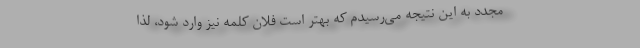
مجدد به این نتیجه می‌رسیدم که بهتر است فلان کلمه نیز وارد شود، لذا